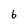
Character: 6